Vaccination in the Punjab 1919-1929 - 1919-1929
Year: 1919
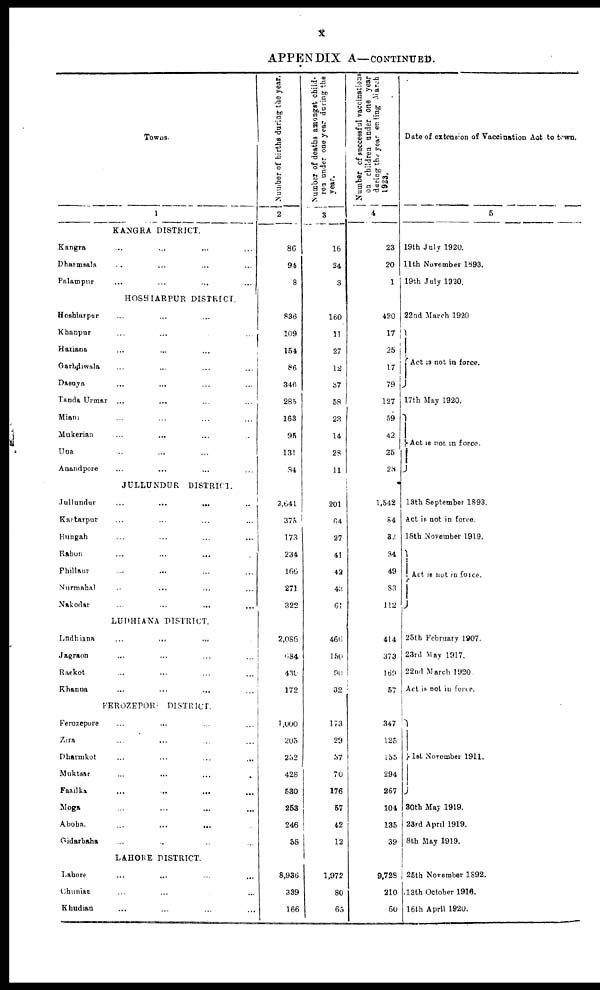
x
APPENDIX A—CONTINUED.
Towns.
1
KANGRA DISTRICT.
Kangra ... ... ... ...
Dharmsala ... ... ... ...
Palampur ... ... ... ...
HOSHIARPUR DISTRICT
Hoshiarpur ... ... ... ...
Khanpur
...
...
... ...
Hariana ... ... ... ...
Garhdiwala ... ... ... ...
Dasuya ... ... ... ...
Tanda Urmar ... ... ... ...
Miani ... ... ... ...
Mukerian ... ... ... ...
Una ... ... ... ...
Anandpore ... ... ... ...
JULLUNDUR DISTRICT.
Jullundur
...
...
... ...
Kartarpur ... ... ... ...
Hungah ... ... ... ...
Rahon ... ... ... ...
Phillaur ... ... ... ...
Nurmahal ... ... ... ...
Nakodar ... ... ... ...
LUDHIANA DISTRICT.
Ludhiana ... ... ... ...
Jagraon ... ... ... ...
Raekot ... ... ... ...
Khanna ... ... ... ...
FEROZEPOR
DISTRICT.
Ferozepore ... ... ... ...
Zira ... ... ... ...
Dharmkot ... ... ... ...
Muktsar ... ... ... ...
Fazilka ... ... ... ...
Moga ... ... ... ...
Aboha.
...
...
... ...
Gidarbaha ... ... ... ...
LAHORE DISTRICT.
Lahore ... ... ... ...
Chunian ... ... ... ...
Khudian ... ... ... ...
Number of births during the year.
2
86
94
8
836
109
154
86
346
285
163
95
131
34
2,641
375
173
234
166
271
322
2,088
684
430
172
1,000
205
252
428
530
253
246
58
8,936
339
166
Number of deaths amongst child-
ren under one year during the
year.
3
16
24
3
160
11
27
12
37
58
23
14
28
11
201
64
27
41
42
43
61
466
150
90
32
173
29
57
70
176
57
42
12
1,972
80
65
Number of successful vaccinations
on children under one year
during the year ending March
1923.
4
23
20
1
420
17
25
17
79
127
59
42
25
28
1,542
84
32
34
49
83
112
414
373
169
57
347
125
155
294
267
104
135
39
9.728
210
60
Date of extension of Vaccination Act to town.
5
19th July 1920.
11th November 1893.
19th July 1920.
22nd March 1920
Act is not in force.
17th May 1920.
Act is not in force.
13th September 1893.
Act is not in force.
18th November 1919.
Act is not in force.
25th February 1907.
23rd May 1917.
22nd March 1920
Act is not in force.
1st November 1911.
30th May 1919.
23rd April 1919.
8th May 1919.
25th November 1892.
13th October 1916.
16th April 1920.